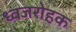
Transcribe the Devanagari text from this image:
ध्वजरोहक